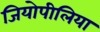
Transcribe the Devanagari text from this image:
जियोपीलिया